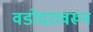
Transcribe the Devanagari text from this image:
वडोदरावरून